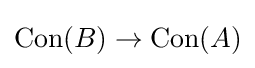
{\text{Con}}(B)\to {\text{Con}}(A)